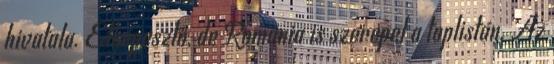
hivatala. Elképesztő, de Románia is szerepel a toplistán. Az